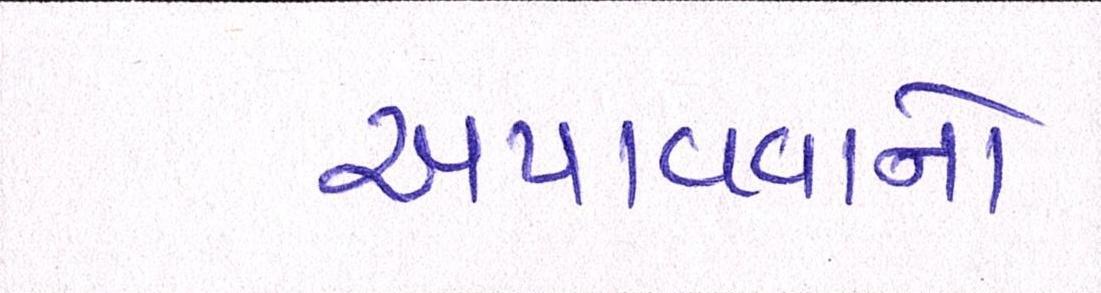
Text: અપાવવાનો